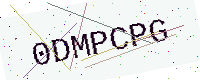
Text: 0DMPCPG